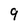
Character: 9